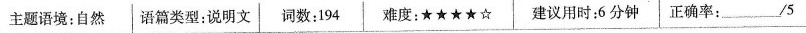
主题语境:自然 语篇类型:说明文 词数:194 难度:★★★★☆ 建议用时:6分钟 正确率: ___/5